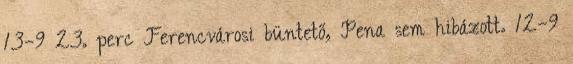
13–9 23. perc Ferencvárosi büntető, Pena sem hibázott. 12–9